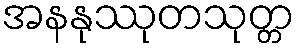
အနနုဿုတသုတ္တ